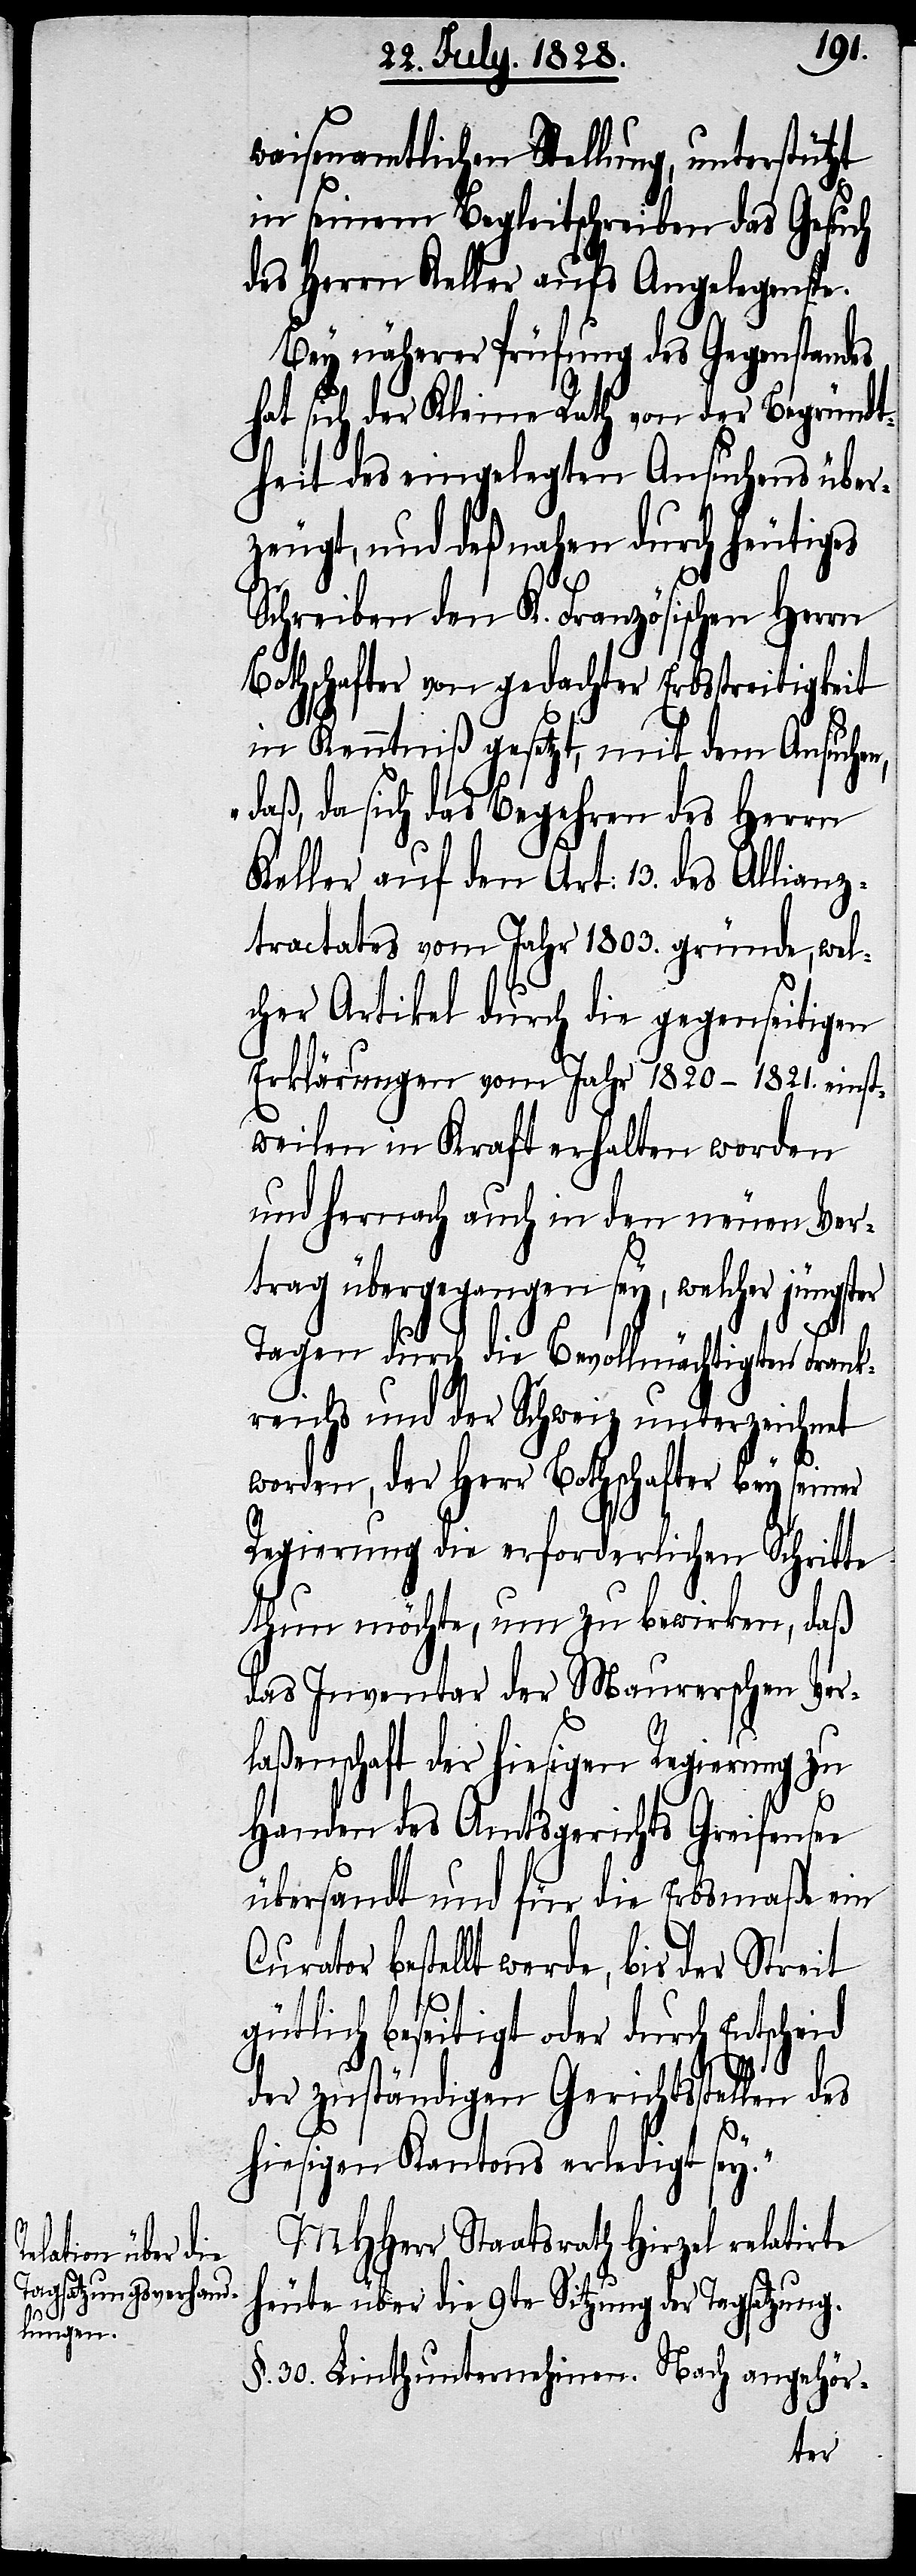
waisenamtlichen Stellung, unterstützt
in seinem Begleitschreiben das Gesuch
des Herrn Keller aufs Angelegenste.
Bey näherer Prüfung des Gegenstandes
hat sich der Kleine Rath von der Begründt¬
heit des eingelegten Ansuchens über¬
zeugt, und deßnahen durch heutiges
Schreiben den K. Französischen Herrn
Bothschafter von gedachter Erbsstreitigkeit
in Kenntniß gesetzt, mit dem Ansuche¬
aß, da sich das Begehren des Herrn
Keller auf den Art: 13. des Allianz¬
tractates vom Jahr 1803. gründe, wel¬
cher Artikel durch die gegenseitigen
Erklärungen vom Jahr 1820–1821. einst¬
weilen in Kraft erhalten worden
und hernach auch in den neuen Ver¬
trag übergegangen sey, welcher jüngster
Tagen durch die Bevollmächtigten Frank¬
reichs und der Schweiz unterzeichnet
worden, der Herr Bothschafter bey sein¬
Regierung die erforderlichen Schritte
thun möchte, um zu bewirken, daß
das Inventar der Maurerschen Ver¬
laßenschaft der hiesigen Regierung zu
Handen des Amtsgerichts Greifensee
übersandt und für die Erbsmaße ein
Curator bestellt werde, bis der Streit
gütlich beseitigt oder durch Entscheid
der zuständigen Gerichtsstellen des
„d¬
hiesigen Kantons erledigt sey.“
MHHerr Staatsrath Hirzel relatirte
heute über die 9te Sitzung der Tagsatzung.
§.30. Linthunternehmen. Nach angehör-
er